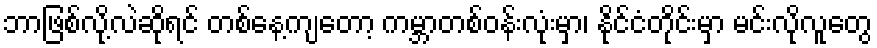
ဘာဖြစ်လို့လဲဆိုရင် တစ်နေ့ကျတော့ ကမ္ဘာတစ်ဝန်းလုံးမှာ၊ နိုင်ငံတိုင်းမှာ မင်းလိုလူတွေ